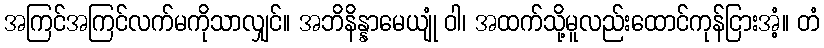
အကြင်အကြင်လက်မကိုသာလျှင်။ အဘိနိန္နာမေယျုံ ဝါ၊ အထက်သို့မူလည်းထောင်ကုန်ငြားအံ့။ တံ